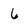
Character: 6